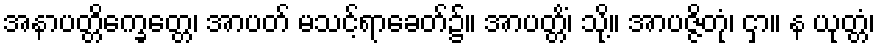
အနာပတ္တိက္ခေတ္တေ၊ အာပတ် မသင့်ရာခေတ်၌။ အာပတ္တိံ၊ သို့။ အာပဇ္ဇိတုံ၊ ငှာ။ န ယုတ္တံ၊